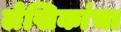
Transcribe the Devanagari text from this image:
लेखिकांचा